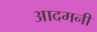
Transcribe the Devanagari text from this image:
आदमनी